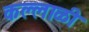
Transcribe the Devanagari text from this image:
कल्लाळी